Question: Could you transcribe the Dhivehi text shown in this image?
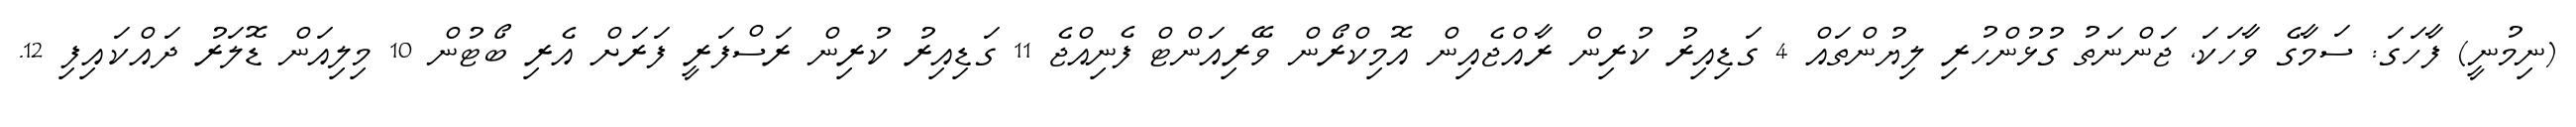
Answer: (ނިމުނީ) ފާހަގަ: ސަމާގެ ވާހަކަ, ޖަންނަތު ގުޅުންހުރި ލިޔުންތައް 4 ގަޑިއިރު ކުރިން ރާއްޖެއިން އޮމިކްރޯން ވޭރިއަންޓް ފެނިއްޖެ 11 ގަޑިއިރު ކުރިން ރަސްފަރީ ފަރަށް އެރި ބޯޓުން 10 މިލިއަން ޑޮލަރު ދައްކައިފި 12.